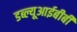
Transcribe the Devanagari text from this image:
डब्ल्यूआईबीबी